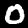
Digit: 0